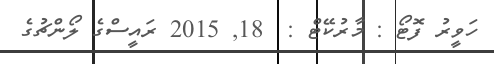
ހަވީރު ފޮޓޯ : މާރުކޭޓް :  18